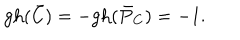
\mathrm { g h } ( \bar { C } ) = - \mathrm { g h } ( \bar { P } _ { C } ) = - 1 .